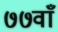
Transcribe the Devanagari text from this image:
७७वाँ